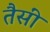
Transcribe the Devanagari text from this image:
तैसीं